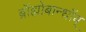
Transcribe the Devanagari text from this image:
ब्रॉह्मोबान्धॉब्